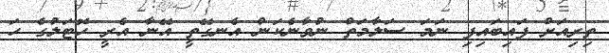
ތިރިއަށް ފައިބައިފި ނަމަ ސަލާމަތް ނުވާނެކަން އެނގޭތީ އޭނާ އެރީ ހޮޓަލުގެ ހަ